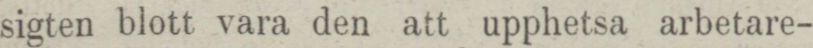
sigten blott vara den att upphetsa arbetare-